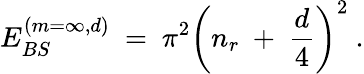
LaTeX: E_{BS}^{(m=\infty,d)}\ =\ \pi^{2}\left(n_{r}\ +\ \frac{d}{4}\right)^{2}\ .